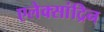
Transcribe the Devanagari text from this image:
एलेक्सांद्रिन